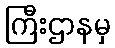
ကြီးဌာနမှ